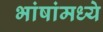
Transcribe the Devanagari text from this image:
भांषांमध्ये